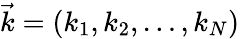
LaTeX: \vec{k}=(k_{1},k_{2},\ldots,k_{N})